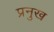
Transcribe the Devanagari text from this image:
प्रनुख